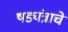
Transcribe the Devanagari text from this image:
षड्यंत्राचे